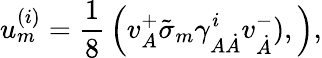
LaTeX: u_{{m}}^{{(i)}}={\frac{1}{8}}\left(v_{{A}}^{+}\tilde{\sigma}_{{m}}\gamma_{{A}{\dot{A}}}^{{i}}v_{{\dot{A}}}^{{-}}),\right),